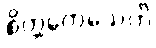
စိတ္တက္လေသေဟိ